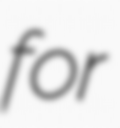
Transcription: for